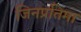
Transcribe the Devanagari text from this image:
जिनप्रतिमा